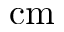
\mathrm { c m }